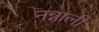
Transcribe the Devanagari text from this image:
नन्नाली